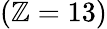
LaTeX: (\mathbb{Z}=13)